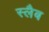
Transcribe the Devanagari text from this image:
स्‍लैब